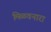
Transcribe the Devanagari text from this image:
मिळवनारा